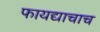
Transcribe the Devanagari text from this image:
फायद्याचाच